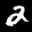
Label: 2